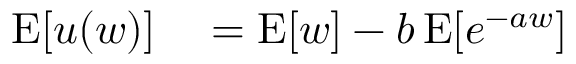
\begin{array} { r l } { \operatorname { E } [ u ( w ) ] } & { { } = \operatorname { E } [ w ] - b \operatorname { E } [ e ^ { - a w } ] } \end{array}